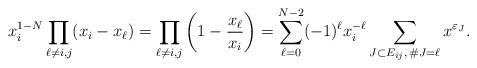
LaTeX: \begin{gather*}x_{i}^{1-N}\prod\limits_{\ell\neq i,j}(x_{i}-x_{\ell}) =\prod\limits_{\ell\neq i,j}\left( 1-\frac{x_{\ell}}{x_{i}}\right)=\sum_{\ell=0}^{N-2}(-1) ^{\ell}x_{i}^{-\ell}\sum_{J\subset E_{ij},\, \#J=\ell}x^{\varepsilon_{J}}.\end{gather*}